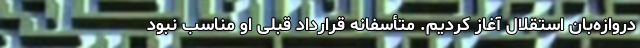
دروازه‌بان استقلال آغاز کردیم. متأسفانه قرارداد قبلی او مناسب نبود